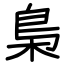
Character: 梟